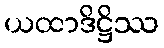
ယထာဒိဋ္ဌိဿ